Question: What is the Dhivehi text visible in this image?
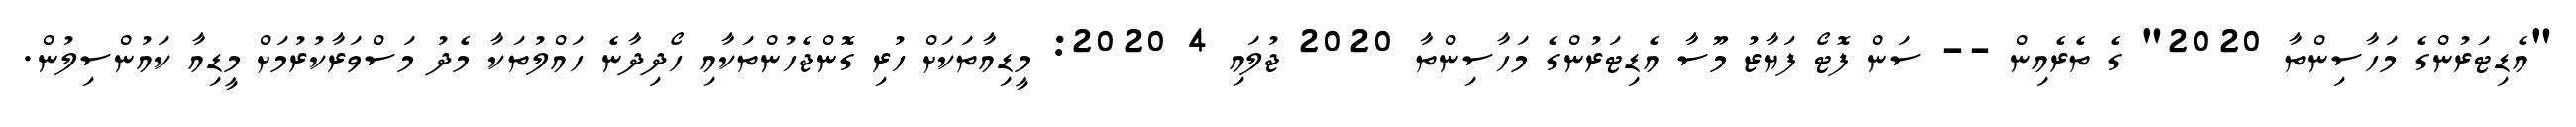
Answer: "އެޑިޓަރުންގެ މަހާސިންތާ 2020" ގެ ތެރެއިން -- ސަން ފޮޓޯ ފަޔާޒު މޫސާ އެޑިޓަރުންގެ މަހާސިންތާ 2020 ޖުލައި 4 2020: މީޑިއާތަކަށް ހުރި ގޮންޖެހުންތަކާއި ހޯދިދާނެ ހައްލުތަކާ މެދު މަސްވަރާކުރުމަށް މީޑިއާ ކައުންސިލުން.